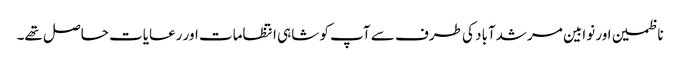
ناظمین اور نوابین مرشدآباد کی طرف سے آپ کو شاہی انتظامات اور رعایات حاصل تھے۔